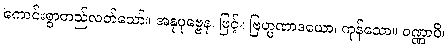
ကောင်းစွာတည်လတ်သော်။ အနုပုဗ္ဗေန၊ ဖြင့်။ ဗြဟ္မဏာဒယော၊ ကုန်သော။ ဝဏ္ဏာပိ၊